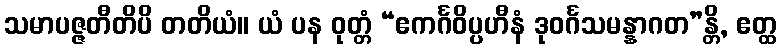
သမာပဇ္ဇတီတိပိ တတိယံ။ ယံ ပန ဝုတ္တံ “ဧကင်္ဂဝိပ္ပဟီနံ ဒုဝင်္ဂသမန္နာဂတ”န္တိ, ဧတ္ထ